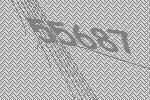
55687